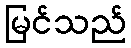
မြင်သည်